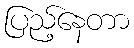
ပြည့်နေတာ